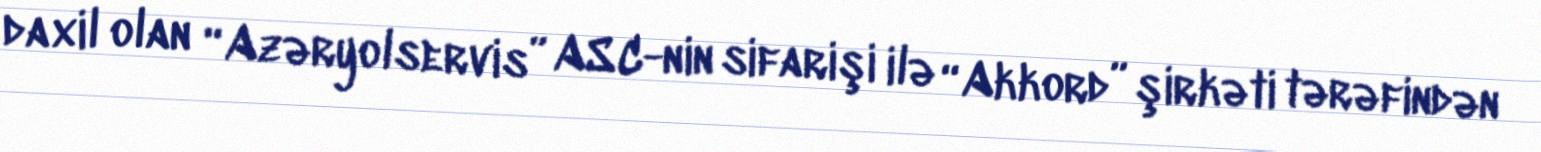
daxil olan “Azəryolservis” ASC-nin sifarişi ilə “Akkord” şirkəti tərəfindən